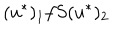
( u ^ { \ast } ) _ { 1 } f S ( u ^ { \ast } ) _ { 2 }